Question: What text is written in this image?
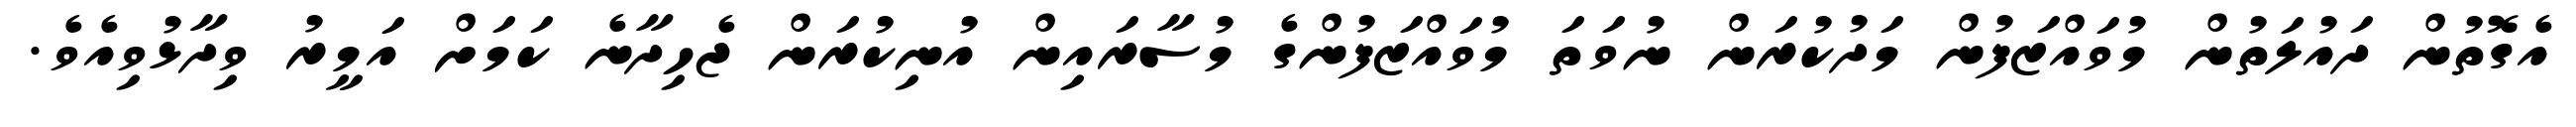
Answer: އެގޮތުން ދައުލަތުން މުވައްޒަފުން މަދުކުރަން ނުވަތަ މުވައްޒަފުންގެ މުސާރައިން އުނިކުރަން ޖެހިދާނެ ކަމަށް އަމީރު ވިދާޅުވިއެވެ.